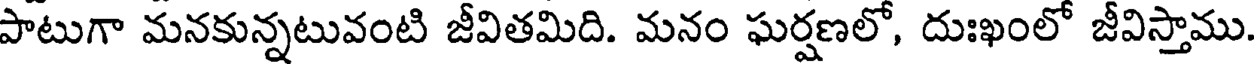
పాటుగా మనకున్నటువంటి జీవితమిది. మనం ఘర్షణలో, దుఃఖంలో జీవిస్తాము.